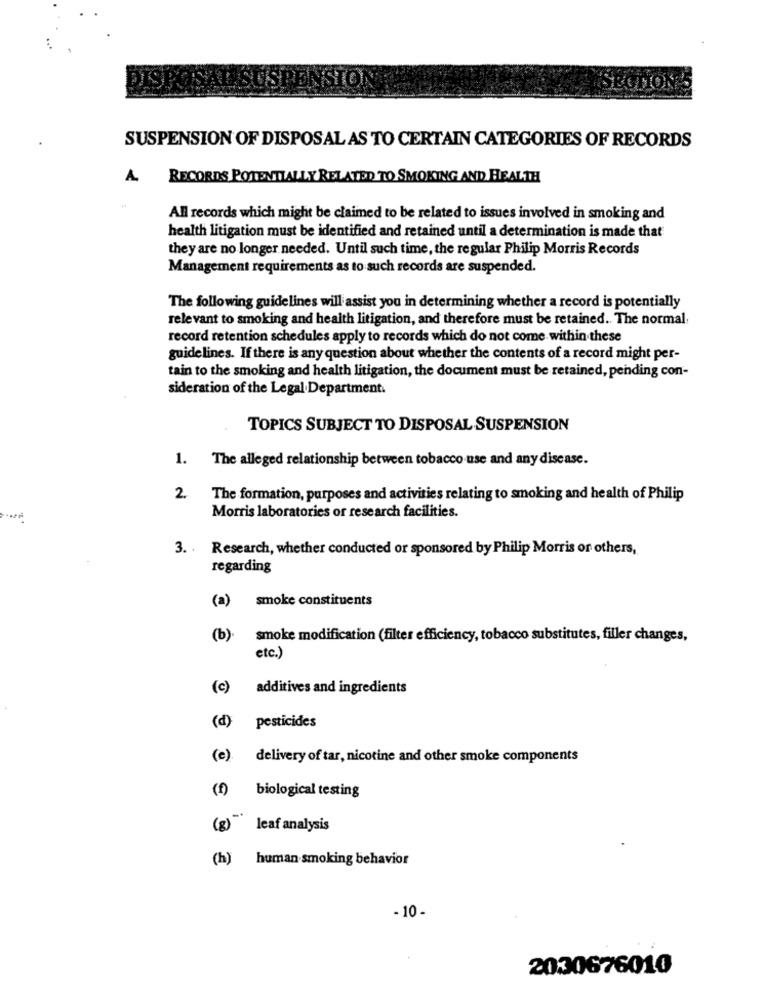
SUSPENSION OF DISPOSAL AS TO CERTAIN CATEGORIES OF RECORDS
A. RECORDS POTENTIALLY RELATED TO SMOKING AND HEALTH
All records which might be claimed to be related to issues involved in smoking and
health litigation must be identified and retained until a determination is made that
they are no longer needed. Until such time, the regular Philip Morris Records
Management requirements as to such records are suspended.
The following guidelines will assist you in determining whether a record is potentially
relevant to smoking and health litigation, and therefore must be retained. The normal
record retention schedules apply to records which do not come within these
guidelines. If there is any question about whether the contents of a record might per-
tain to the smoking and health litigation, the document must be retained, pending con-
sideration of the Legal Department.
TOPICS SUBJECT TO DISPOSAL SUSPENSION
1.
The alleged relationship between tobacco use and any disease.
2.
The formation, purposes and activities relating to smoking and health of Philip
Morris laboratories or research facilities.
3. Research, whether conducted or sponsored by Philip Morris or others,
regarding
(a) smoke constituents
(b). smoke modification (filter efficiency, tobacco substitutes, filler changes,
etc.)
(c) additives and ingredients
(d)
pesticides
(e). delivery of tar, nicotine and other smoke components
(f) biological testing
(8) leaf analysis
(h) human smoking behavior
- 10-
2030676010